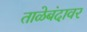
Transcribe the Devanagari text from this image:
ताळेबंदावर